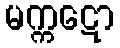
မက္ကဋော